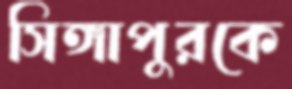
সিঙ্গাপুরকে